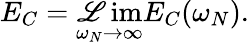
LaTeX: E_{C}=\operatorname*{\mathscr{L}im}_{\omega_{N}\rightarrow\infty}E_{C}(\omega_{N}).